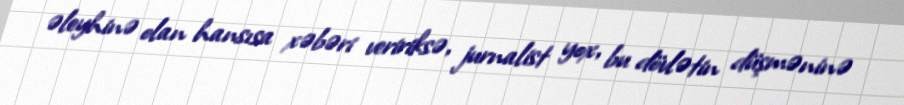
əleyhinə olan hansısa xəbəri veririksə, jurnalist yox, bu dövlətin düşməninə